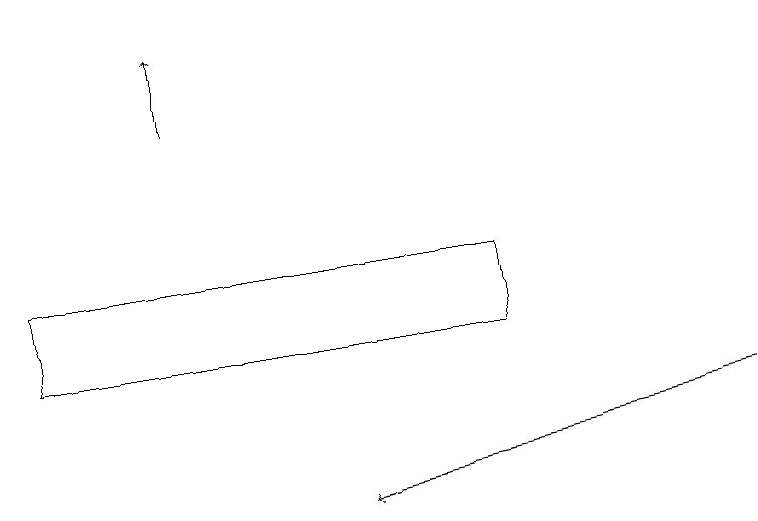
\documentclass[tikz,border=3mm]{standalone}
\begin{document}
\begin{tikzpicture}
\draw (0,13) rectangle (6,14);
\draw[->] (9,12) -- (4,11);
\draw[->] (2,16) -- (2,17);
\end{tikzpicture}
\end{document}